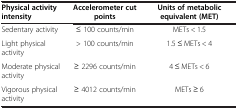
| Physical activity intensity | Accelerometer cut points | Units of metabolic equivalent (MET) |
 | --- | --- | --- |
 | Sedentary activity | ≤ 100 counts/min | METs < 1.5 |
 | Light physical activity | > 100 counts/min | 1.5 ≤ METs < 4 |
 | Moderate physical activity | ≥ 2296 counts/min | 4 ≤ METs < 6 |
 | Vigorous physical activity | ≥ 4012 counts/min | METs ≥ 6 |